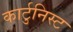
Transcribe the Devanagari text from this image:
कार्टुनिस्ट